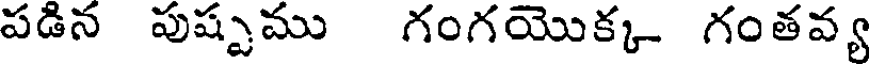
పడిన పుష్పము గంగయొక్క గంతవ్య